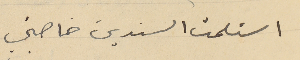
استلمت السندين خاصتي